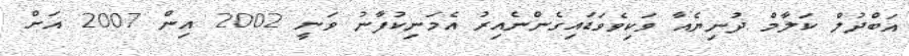
އަބްދުލް ކަލާމް ދުނިޔެއާ ވަކިވެވަޑައިގެންނެއިރު އެމަނިކުފާނު ވަނީ 2002 އިން 2007 އަށް